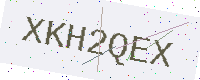
Text: XKH2QEX